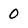
Character: 0